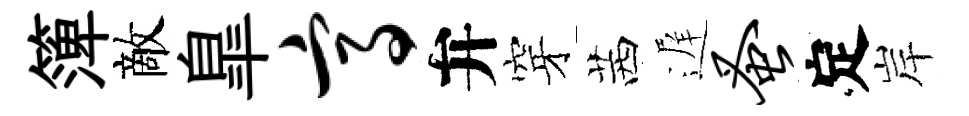
𥱼敵臯高弁穿茜遅蚤定岸